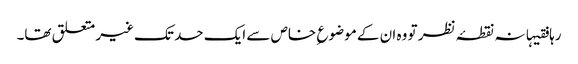
رہا فقیہانہ نقطۂ نظر تو وہ ان کے موضوع ِ خاص سے ایک حد تک غیر متعلق تھا۔